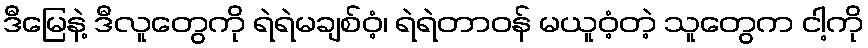
ဒီမြေနဲ့ ဒီလူတွေကို ရဲရဲမချစ်ဝံ့၊ ရဲရဲတာဝန် မယူဝံ့တဲ့ သူတွေက ငါ့ကို